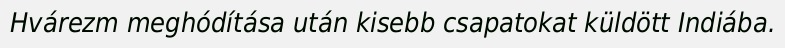
Hvárezm meghódítása után kisebb csapatokat küldött Indiába.